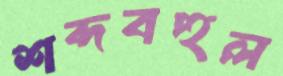
শব্দবহুল